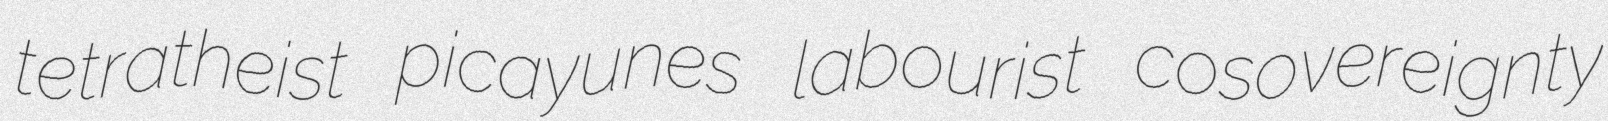
tetratheist picayunes labourist cosovereignty